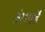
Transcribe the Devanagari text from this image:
अंगाहै